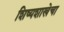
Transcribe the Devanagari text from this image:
शिष्यशाखेचा